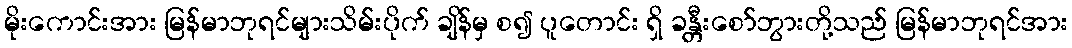
မိုးကောင်းအား မြန်မာဘုရင်များသိမ်းပိုက် ချိန်မှ စ၍ ပူတောင်း ရှိ ခန္တီးစော်ဘွားတို့သည် မြန်မာဘုရင်အား